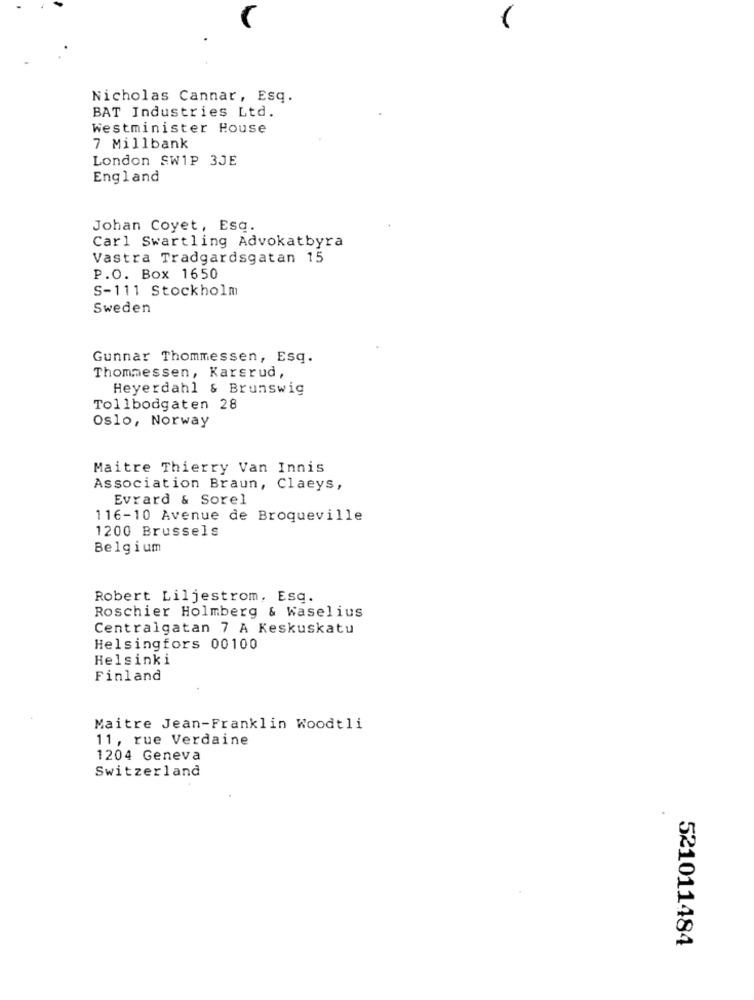
Nicholas Cannar, Esq.
BAT Industries Ltd.
Westminister House
7 Millbank
London SW1P 3JE
England
Johan Coyet, Esq.
Carl Swartling Advokatbyra
Vastra Tradgardsgatan 15
P.O. Box 1650
S-111 Stockholm
Sweden
Gunnar Thommessen, Esq.
Thommessen, Karsrud,
Heyerdahl & Brunswig
Tollbodgaten 28
Oslo, Norway
Maitre Thierry Van Innis
Association Braun, Claeys,
Evrard & Sorel
116-10 Avenue de Broqueville
1200 Brussels
Belgium
Robert Liljestrom, Esq.
Roschier Holmberg & Waselius
Centralgatan 7 A Keskuskatu
Helsingfors 00100
Helsinki
Finland
Maitre Jean-Franklin Woodtli
11, rue Verdaine
1204 Geneva
Switzerland
521011484